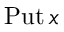
\operatorname { P u t } x